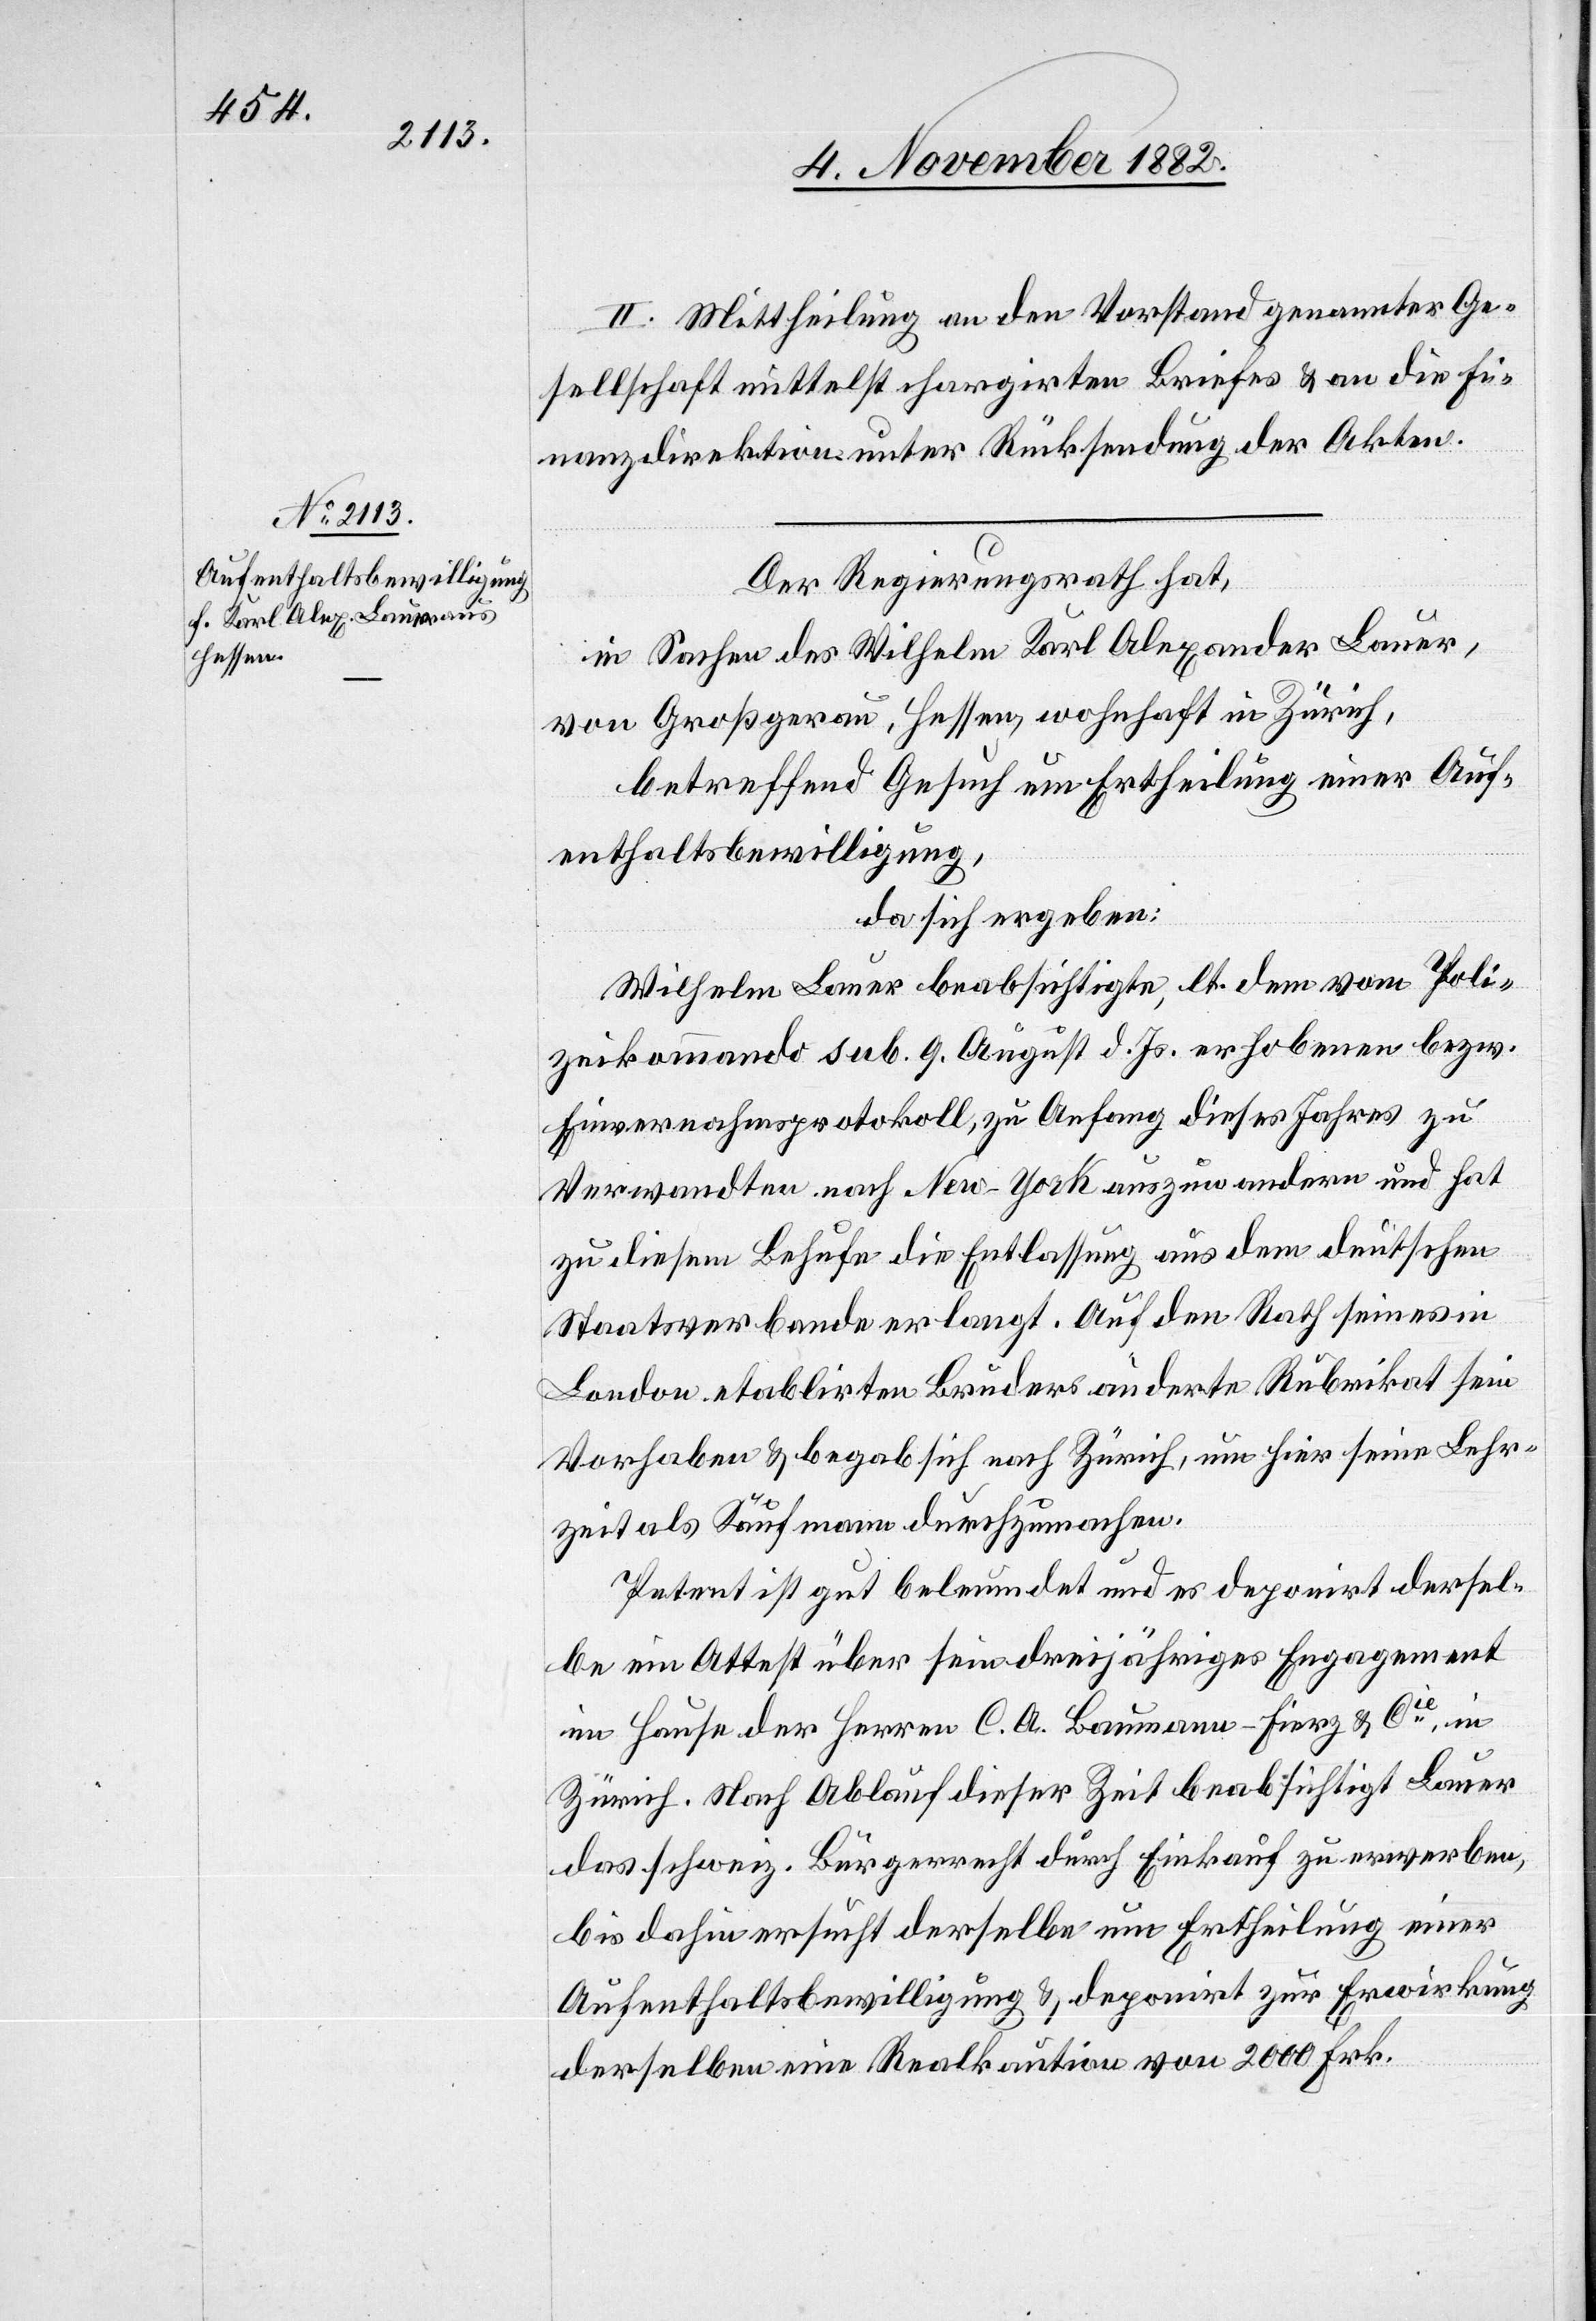
II. Mittheilung an den Vorstand genannter Ge¬
sellschaft mittelst chargierten Briefes & an die Fi¬
nanzdirektion unter Rücksendung der Akten.
Der Regierungsrath hat,
in Sachen des Wilhelm Karl Alexander Bauer,
von Großgerau, Hessen, wohnhaft in Zürich,
betreffend Gesuch um Ertheilung einer Auf¬
enthaltsbewilligung,
da sich ergeben:
Wilhelm Bauer beabsichtigte, lt. dem vom Poli¬
zeikommando sub. 9. August d. Js. erhobenen bezw.
Einvernahmsprotokoll, zu Anfang dieses Jahres zu
Verwandten nach New-York auszuwandern und hat
zu diesem Behufe die Entlassung aus dem deutschen
Staatsverbande erlangt. Auf den Rath seines in
London etablirten Bruders änderte Rubrikat sein
Vorhaben & begab sich nach Zürich, um hier seine Lehr¬
zeit als Kaufmann durchzumachen.
Petent ist gut beleumundet und es deponirt dersel¬
be ein Attest über sein dreijähriges Engagement
im Hause der Herren C. A. Baumann-Fierz & Cie, in
Zürich. Nach Ablauf dieser Zeit beabsichtigt Bauer
das schweiz. Bürgerrecht durch Einkauf zu erwerben,
bis dahin ersucht derselbe um Ertheilung einer
Aufenthaltsbewilligung & deponirt zur Erwirkung
derselben eine Realkaution von 2000 Fr.